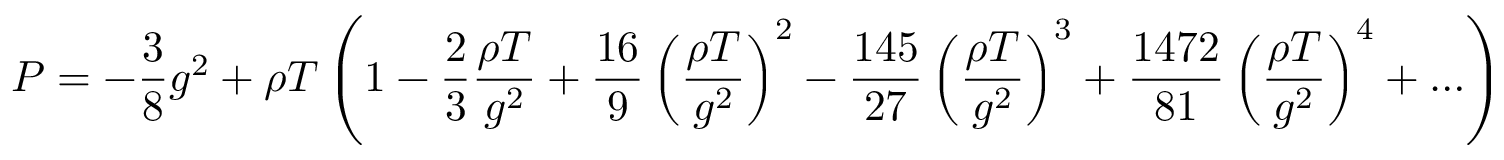
P = - \frac { 3 } { 8 } g ^ { 2 } + \rho T \left( 1 - \frac { 2 } { 3 } \frac { \rho T } { g ^ { 2 } } + \frac { 1 6 } { 9 } \left( \frac { \rho T } { g ^ { 2 } } \right) ^ { 2 } - \frac { 1 4 5 } { 2 7 } \left( \frac { \rho T } { g ^ { 2 } } \right) ^ { 3 } + \frac { 1 4 7 2 } { 8 1 } \left( \frac { \rho T } { g ^ { 2 } } \right) ^ { 4 } + \ldots \right)